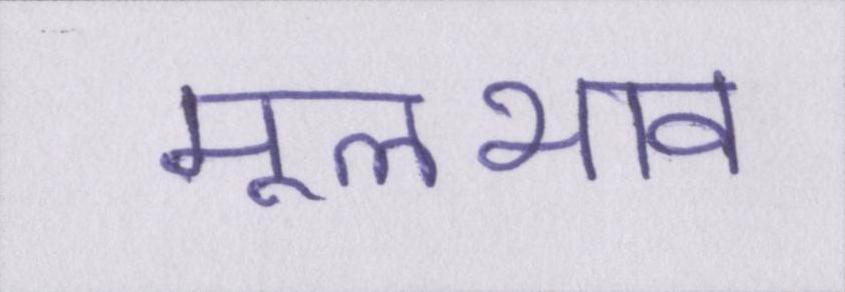
मूलभाव